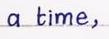
a time,